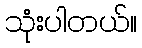
သုံးပါတယ်။